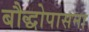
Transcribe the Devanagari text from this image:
बौद्धोपासना